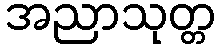
အညာသုတ္တ